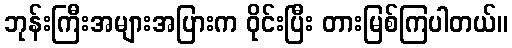
ဘုန်းကြီးအများအပြားက ဝိုင်းပြီး တားမြစ်ကြပါတယ်။